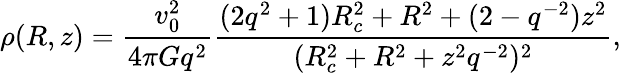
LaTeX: \rho(R,z)=\frac{v_{0}^{2}}{4\pi Gq^{2}}\frac{(2q^{2}+1)R_{c}^{2}+R^{2}+(2-q^{-2})z^{2}}{(R_{c}^{2}+R^{2}+z^{2}q^{-2})^{2}},